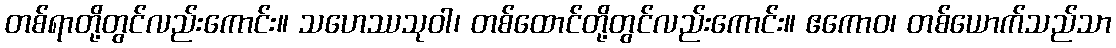
တစ်ရာတို့တွင်လည်းကောင်း။ သဟေဿသုဝါ၊ တစ်ထောင်တို့တွင်လည်းကောင်း။ ဧကောဝ၊ တစ်ယောက်သည်သာ